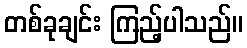
တစ်ခုချင်း ကြည့်ပါသည်။